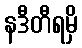
နဒီတီရမှိ